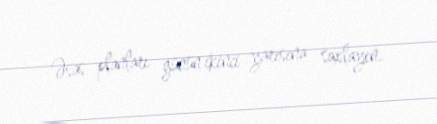
Əsas planları günün ikinci yarısına saxlayın.